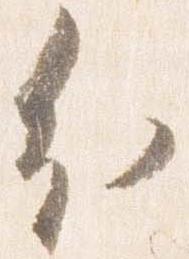
分